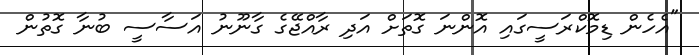
"އެހެން ޑިމޮކްރަސީގައި އޮންނަ ގޮތަށް އަދި ރާއްޖޭގެ ގާނޫނު އަސާސީ ބުނާ ގޮތުން